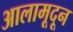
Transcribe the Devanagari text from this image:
आलामूदून